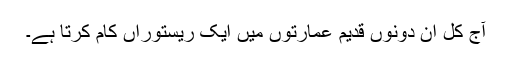
آج کل ان دونوں قدیم عمارتوں میں ایک ریستوراں کام کرتا ہے۔